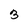
Character: 3